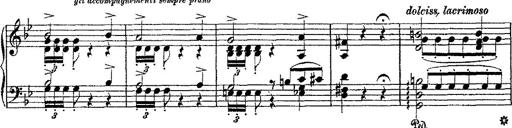
Title: Fantaisie romantique sur deux mÃ©lodies suisses
Composer: Franz Liszt